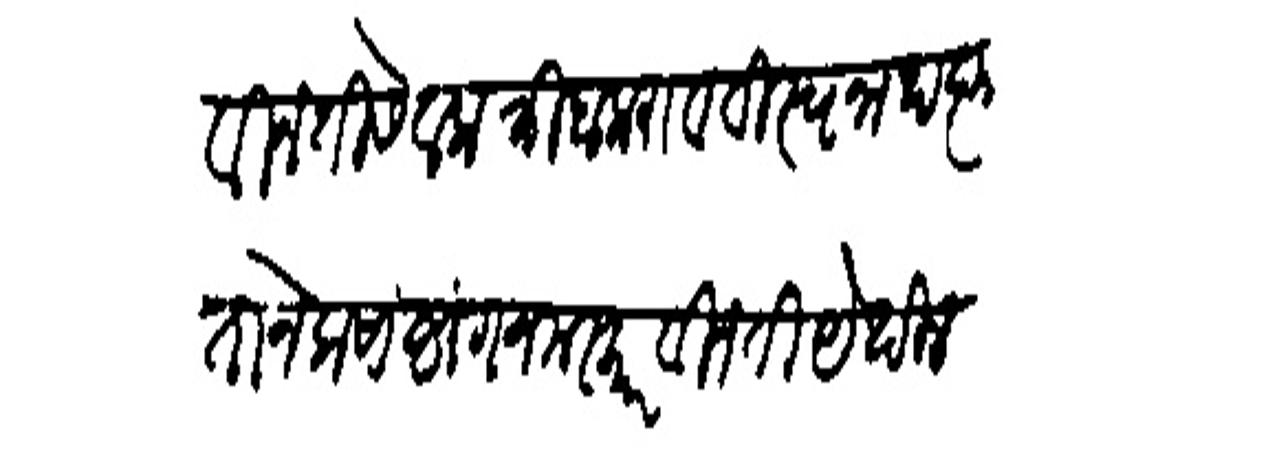
Transliteration (Devanagari): विनंती सेवक त्रिंबकराव विस्वनाथ कृतानेक साष्टांग नमस्कार विनंती येथील